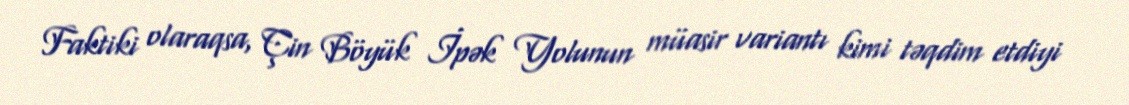
Faktiki olaraqsa, Çin Böyük İpək Yolunun müasir variantı kimi təqdim etdiyi